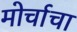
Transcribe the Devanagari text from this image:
मोर्चाचा